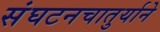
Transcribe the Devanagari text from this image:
संघटनचातुर्याने